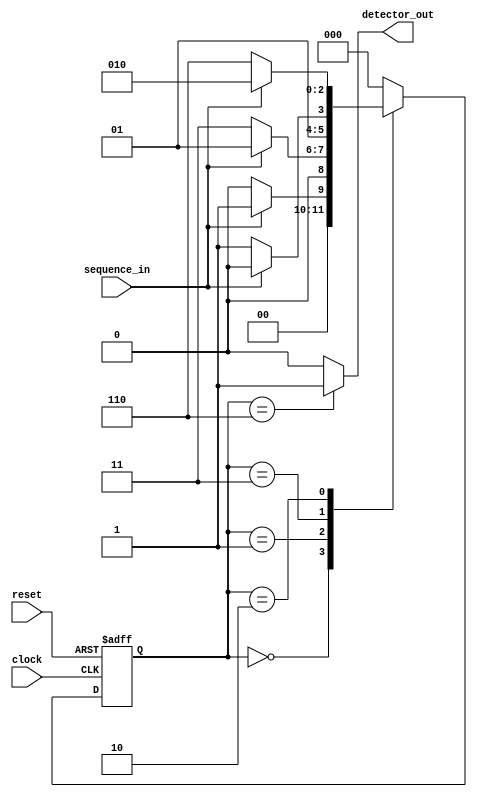
module SDMF(clock,reset,sequence_in,detector_out);
	 input clock;
	 input reset;
	 input sequence_in;
	 output reg detector_out; 
	 parameter zero = 3'b000,
	 one = 3'b001, 
	 onezero=3'b011,
	 onezeroone=3'b010,
	 onezeroonezero=3'b110;
	 reg [2:0]current_state,next_state;
	always @(posedge clock , posedge reset)
	  begin
	   if(reset==1) 
	   current_state = zero;
	   else
	   current_state = next_state;
	  end
	always @(current_state , sequence_in)
	  begin
	  case(current_state)
	   zero: begin
	          if(sequence_in==1)
	           next_state=one;
	          else 
	           next_state=zero;
	          end
	    one: begin
	          if(sequence_in==0)
	           next_state=onezero;
	          else
	           next_state=one;
	         end
	 onezero:begin
	          if(sequence_in==1)
	           next_state=onezeroone;
	          else
	           next_state=onezero;
	         end
	 onezeroone:begin
	 if(sequence_in==0)
	 next_state=onezeroonezero;
	 else
	 next_state=onezeroone;
	 end
	 default:
	 next_state=zero;
	 endcase
	 end
	 always @(current_state)
	 begin
	 case (current_state)
	 zero:detector_out=0;
	 one:detector_out=0;                                                                                                                                                                                                                                                    
	 onezero:detector_out=0;
	 onezeroone:detector_out=0;
	 onezeroonezero:detector_out=1;
	 default:
	 detector_out=0;
	 endcase
	 end
	 
	 
	 
	 
endmodule